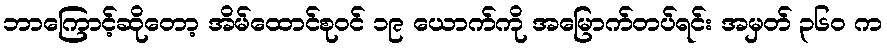
ဘာကြောင့်ဆိုတော့ အိမ်ထောင်စုဝင် ၁၉ ယောက်ကို အမြောက်တပ်ရင်း အမှတ် ၃၆၀ က